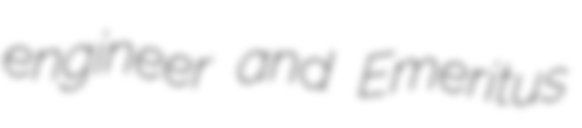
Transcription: engineer and Emeritus